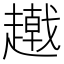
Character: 𧾂